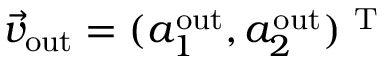
\vec { v } _ { \mathrm { o u t } } = ( a _ { 1 } ^ { \mathrm { o u t } } , a _ { 2 } ^ { \mathrm { o u t } } ) ^ { \mathrm { ~ T ~ } }